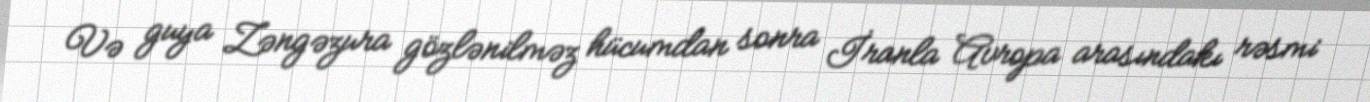
Və guya Zəngəzura gözlənilməz hücumdan sonra İranla Avropa arasındakı rəsmi